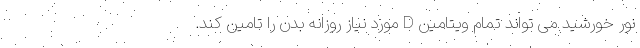
نور خورشید می تواند تمام ویتامین D مورد نیاز روزانه بدن را تامین کند.